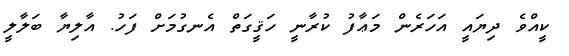
ކީއްވެ ދިޔައީ އަހަރެން މަޢާފު ކުރާނީ ހަޤީގަތް އެނގުމަށް ފަހު. އާލިޔާ ބަލާލީ